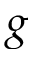
g